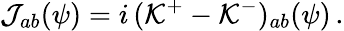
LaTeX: {\cal J}_{ab}(\psi)=i\, ({\cal K}^{+}-{\cal K}^{-})_{ab}(\psi)\, .